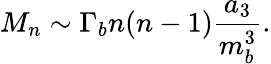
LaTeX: M_{n}\sim\Gamma_{b}n(n-1)\frac{a_{3}}{m_{b}^{3}}.